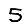
Digit: 5